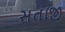
સતાજી